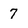
Character: 7